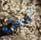
آمن